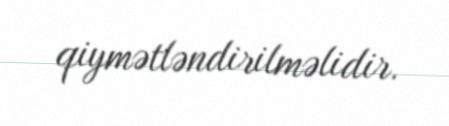
qiymətləndirilməlidir.